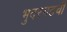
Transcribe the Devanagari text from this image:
भुदरगढची